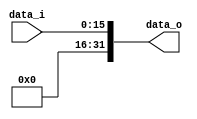
module SE(
 	input [15:0] data_i,//input 16-bit
 	output [31:0] data_o//output 32-bit
);

assign	data_o={16'd0,data_i};

endmodule